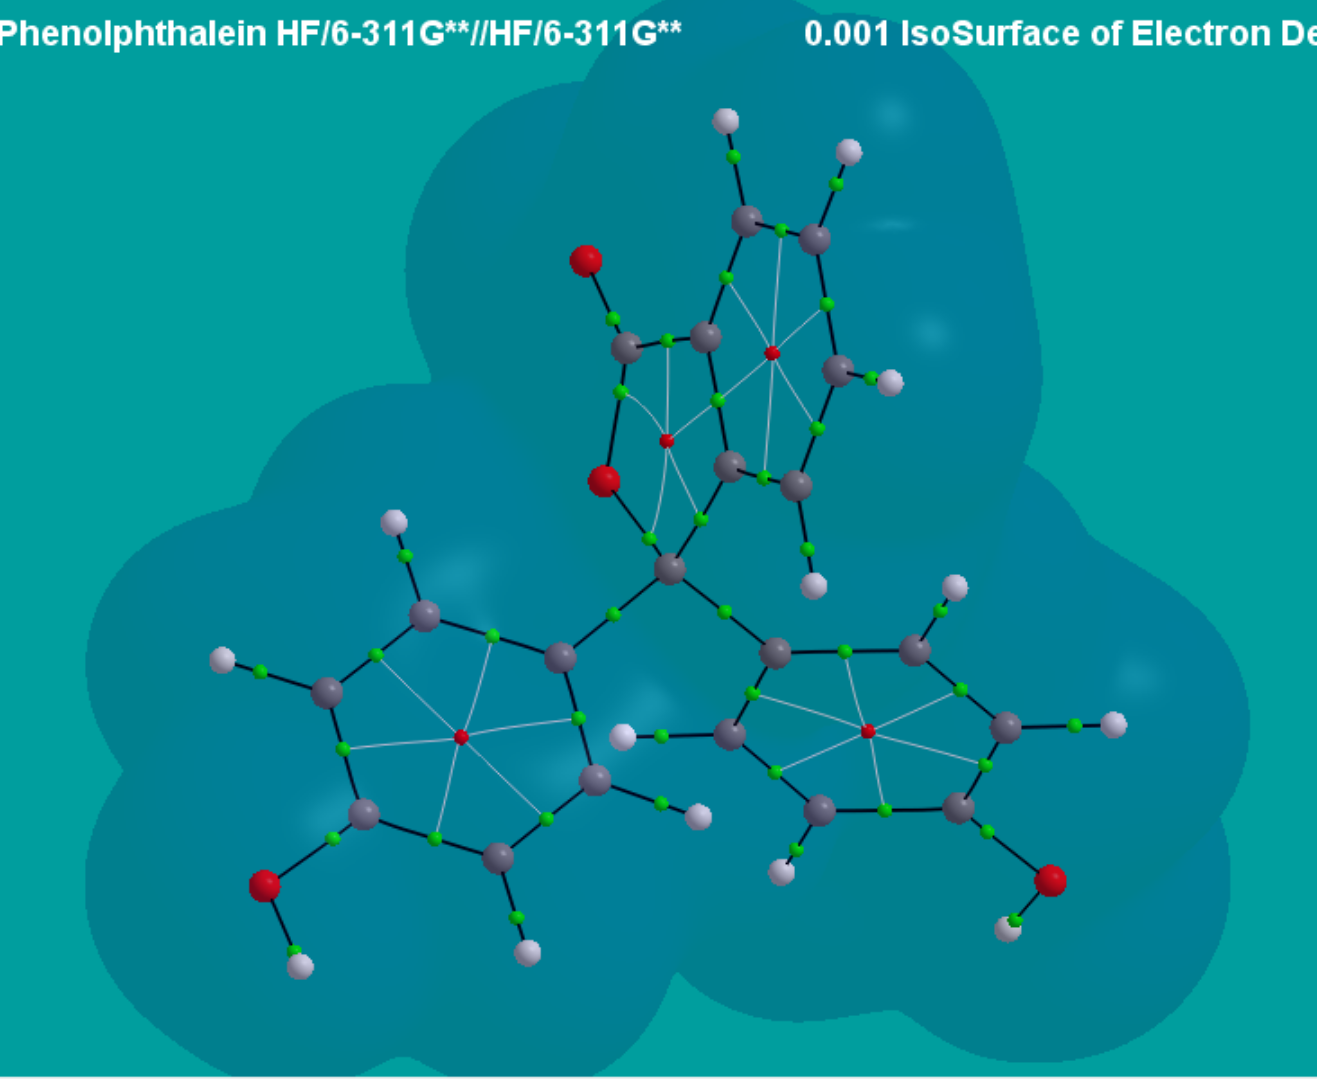
aimaii, QTAIM,iso density surface